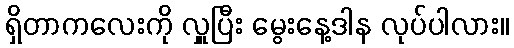
ရှိတာကလေးကို လှူပြီး မွေးနေ့ဒါန လုပ်ပါလား။